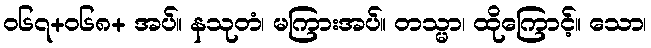
ဝ၆၇+၀၆၈+ အပ်။ နသုတံ၊ မကြားအပ်။ တသ္မာ၊ ထိုကြောင့်။ သော၊